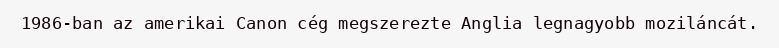
1986-ban az amerikai Canon cég megszerezte Anglia legnagyobb moziláncát.